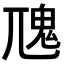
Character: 𩱽